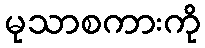
မုသာစကားကို